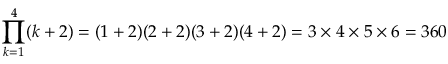
\prod _ { k = 1 } ^ { 4 } ( k + 2 ) = ( 1 + 2 ) ( 2 + 2 ) ( 3 + 2 ) ( 4 + 2 ) = 3 \times 4 \times 5 \times 6 = 3 6 0